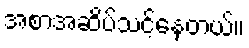
အစာအဆိပ်သင့်နေတယ်။